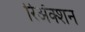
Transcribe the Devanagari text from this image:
रिअॅक्शन